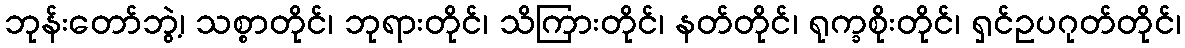
ဘုန်းတော်ဘွဲ့၊ သစ္စာတိုင်၊ ဘုရားတိုင်၊ သိကြားတိုင်၊ နတ်တိုင်၊ ရုက္ခစိုးတိုင်၊ ရှင်ဥပဂုတ်တိုင်၊